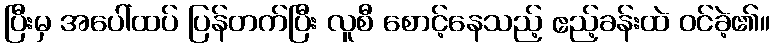
ပြီးမှ အပေါ်ထပ် ပြန်တက်ပြီး လူစီ စောင့်နေသည့် ဧည့်ခန်းထဲ ဝင်ခဲ့၏။